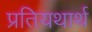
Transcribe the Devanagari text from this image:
प्रतियथार्थ